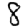
Digit: 8